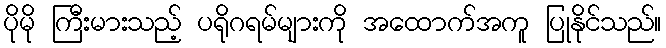
ပိုမို ကြီးမားသည့် ပရိုဂရမ်များကို အထောက်အကူ ပြုနိုင်သည်။